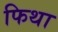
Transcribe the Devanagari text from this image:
फिथा